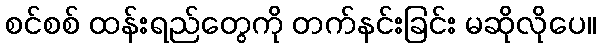
စင်စစ် ထန်းရည်တွေကို တက်နင်းခြင်း မဆိုလိုပေ။